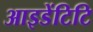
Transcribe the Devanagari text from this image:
आइडेंटिटि